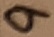
Text: 9